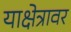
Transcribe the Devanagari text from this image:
याक्षेत्रावर